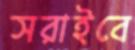
সরাইবে